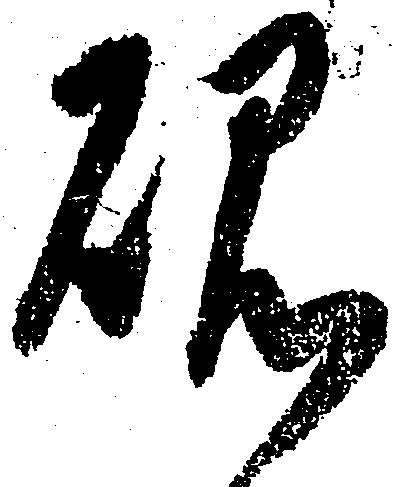
硯